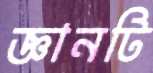
জ্ঞানটি